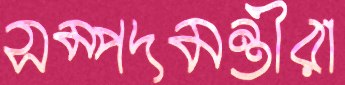
সম্পদমন্ত্রীরা